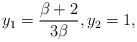
LaTeX: \begin{align*}y_{1}=\frac{\beta+2}{3\beta}, y_{2}=1,\end{align*}